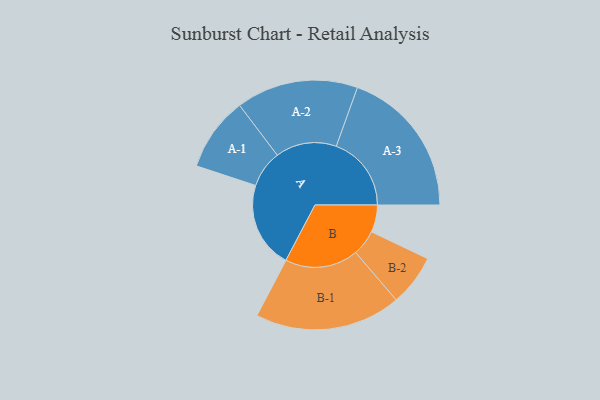
{"axis": {"x": "Segment", "y": "Value"}, "legend": ["", "A", "B"], "data": [{"x": "A", "y": 342, "type": ""}, {"x": "B", "y": 108, "type": ""}, {"x": "A-1", "y": 147, "type": "A"}, {"x": "A-2", "y": 242, "type": "A"}, {"x": "A-3", "y": 298, "type": "A"}, {"x": "B-1", "y": 290, "type": "B"}, {"x": "B-2", "y": 102, "type": "B"}]}